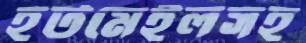
হটমেইলসহ